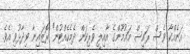
އަނެއްކާ ވެސް ރައީސް މައުމޫންގެ އާއިލީ ވެރިކަން ދެމެހެއްޓުން" ރޮޒައިނާ ވިދާޅުވި އެވެ.